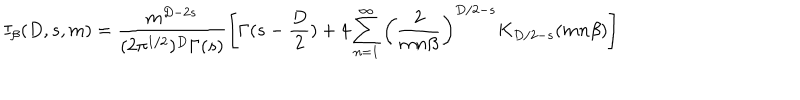
I _ { \beta } ( D , s , m ) = \frac { m ^ { D - 2 s } } { ( 2 \pi ^ { 1 / 2 } ) ^ { D } \Gamma ( s ) } \left[ \Gamma ( s - \frac { D } { 2 } ) + 4 \sum _ { n = 1 } ^ { \infty } \left( \frac { 2 } { m n \beta } \right) ^ { D / 2 - s } K _ { D / 2 - s } ( m n \beta ) \right]